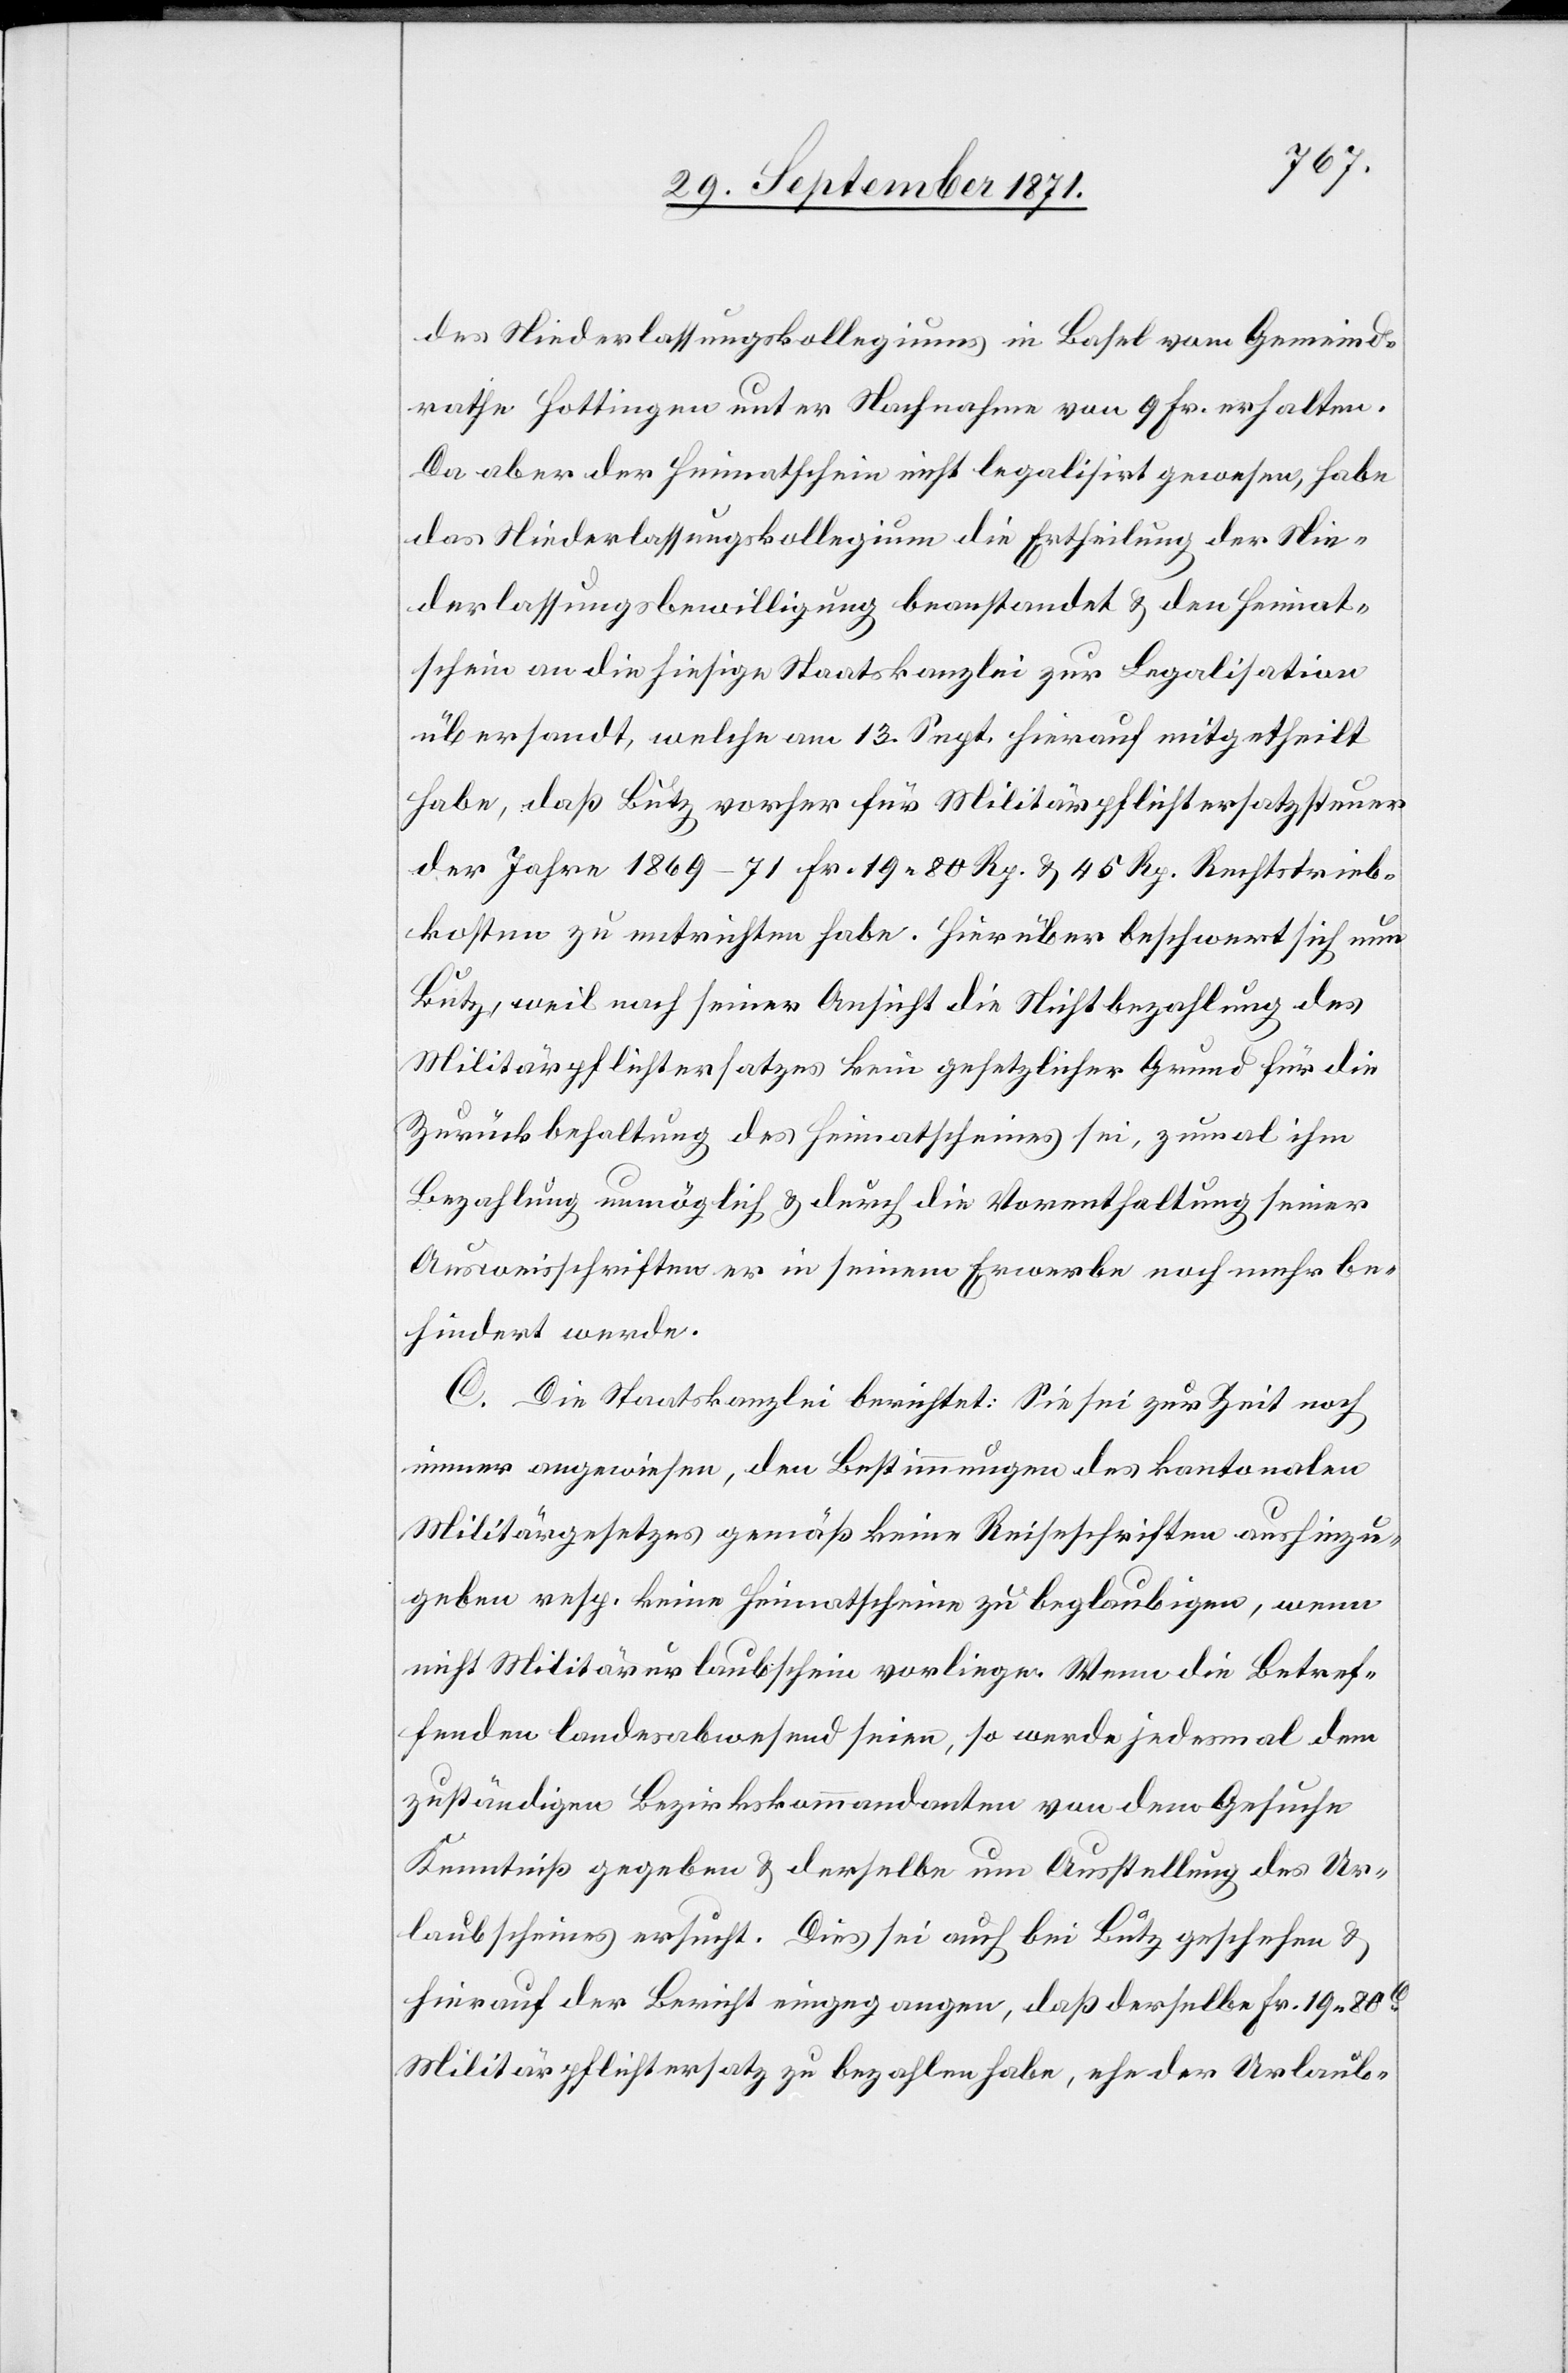
des Niederlassungskollegiums in Basel vom Gemeind¬
rathe Hottingen unter Nachnahme von 9 Fr. erhalten.
Da aber der Heimatschein nicht legalisirt gewesen, habe
das Niederlassungskollegium die Ertheilung der Nie¬
derlassungsbewilligung beanstandet & den Heimat¬
schein an die hiesige Staatskanzlei zur Legalisation
übersendet, welche am 13. Sept. hierauf mitgetheilt
habe, daß Butz vorher für Militärpflichtersatzsteuer
der Jahre 1869–71 Fr. 19. 80 Rp. & 45 Rp. Rechtstrieb¬
kosten zu entrichten habe. Hierüber beschwert sich nun
Butz, weil nach seiner Ansicht die Nichtbezahlung des
Militärpflichtersatzes kein gesetzlicher Grund für die
Zurückbehaltung des Heimatscheines sei, zumal ihm
Bezahlung unmöglich & durch die Vorenthaltung seiner
Ausweisschriften er in seinem Erwerbe noch mehr be¬
hindert werde.
C. Die Staatskanzlei berichtet: Sie sei zur Zeit noch
immer angewiesen, den Bestimmungen des kantonalen
Militärgesetzes gemäß keine Reiseschriften aushinzu¬
geben resp. keine Heimatscheine zu beglaubigen, wenn
nicht Militärurlaubschein vorliege. Wenn die Betref¬
fenden landesabwesend seien, so werde jedes Mal dem
zuständigen Bezirkskommandeur von dem Gesuche
Kenntniß gegeben & derselbe um Ausstellung des Ur¬
laubsscheines ersucht. Dies sei auch bei Butz geschehen &
hierauf der Bericht eingegangen, daß derselbe Fr. 19.80C
Militärpflichtersatz zu bezahlen habe, ehe der Urlaub-